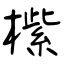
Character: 橴